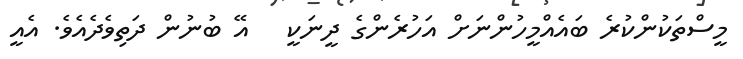
މީސްތަކުންކުރެ ބައެއްމީހުންނަށް އަހުރެންގެ ދީނަކީ   އޭ ބުނުން ދަތިވެދެއެވެ. އެއީ